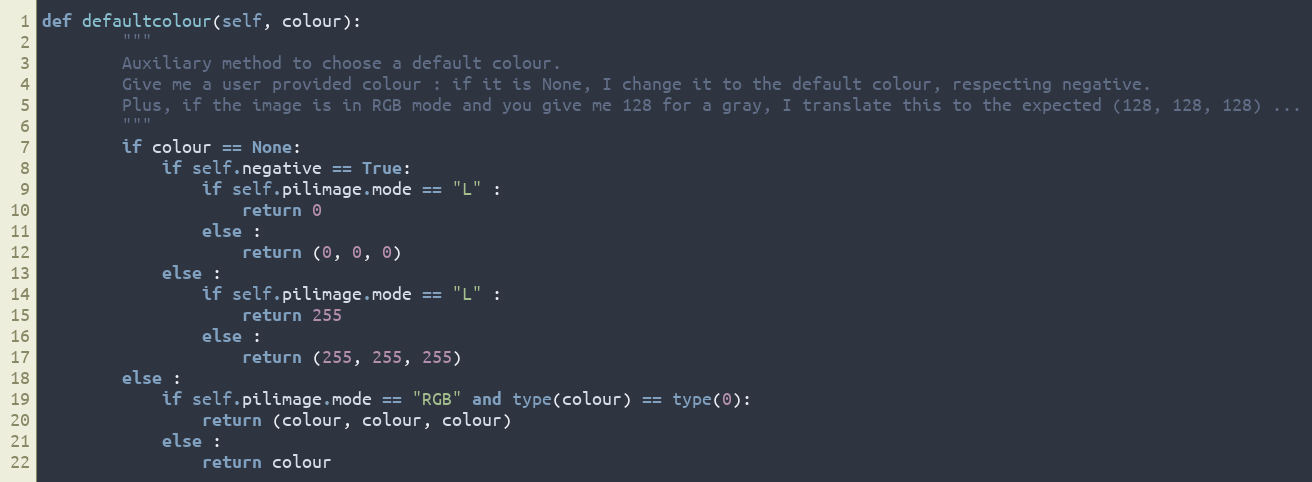
Language: Python
def defaultcolour(self, colour):
        """
        Auxiliary method to choose a default colour.
        Give me a user provided colour : if it is None, I change it to the default colour, respecting negative.
        Plus, if the image is in RGB mode and you give me 128 for a gray, I translate this to the expected (128, 128, 128) ...
        """
        if colour == None:
            if self.negative == True:
                if self.pilimage.mode == "L" :
                    return 0
                else :
                    return (0, 0, 0)
            else :
                if self.pilimage.mode == "L" :
                    return 255
                else :
                    return (255, 255, 255)
        else :
            if self.pilimage.mode == "RGB" and type(colour) == type(0):
                return (colour, colour, colour)
            else :
                return colour